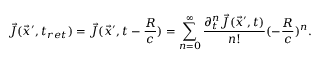
\vec { J } ( \vec { x } ^ { \prime } , t _ { r e t } ) = \vec { J } ( \vec { x } ^ { \prime } , t - \frac { R } { c } ) = \sum _ { n = 0 } ^ { \infty } \frac { \partial _ { t } ^ { n } \vec { J } ( \vec { x } ^ { \prime } , t ) } { n ! } ( - \frac { R } { c } ) ^ { n } .